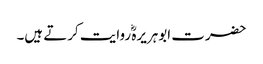
حضرت ابوہریرہؓ روایت کرتے ہیں۔